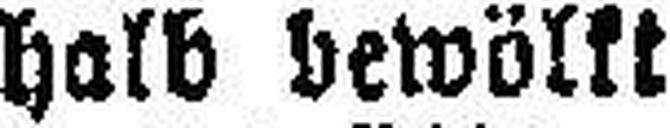
halb bewölkt